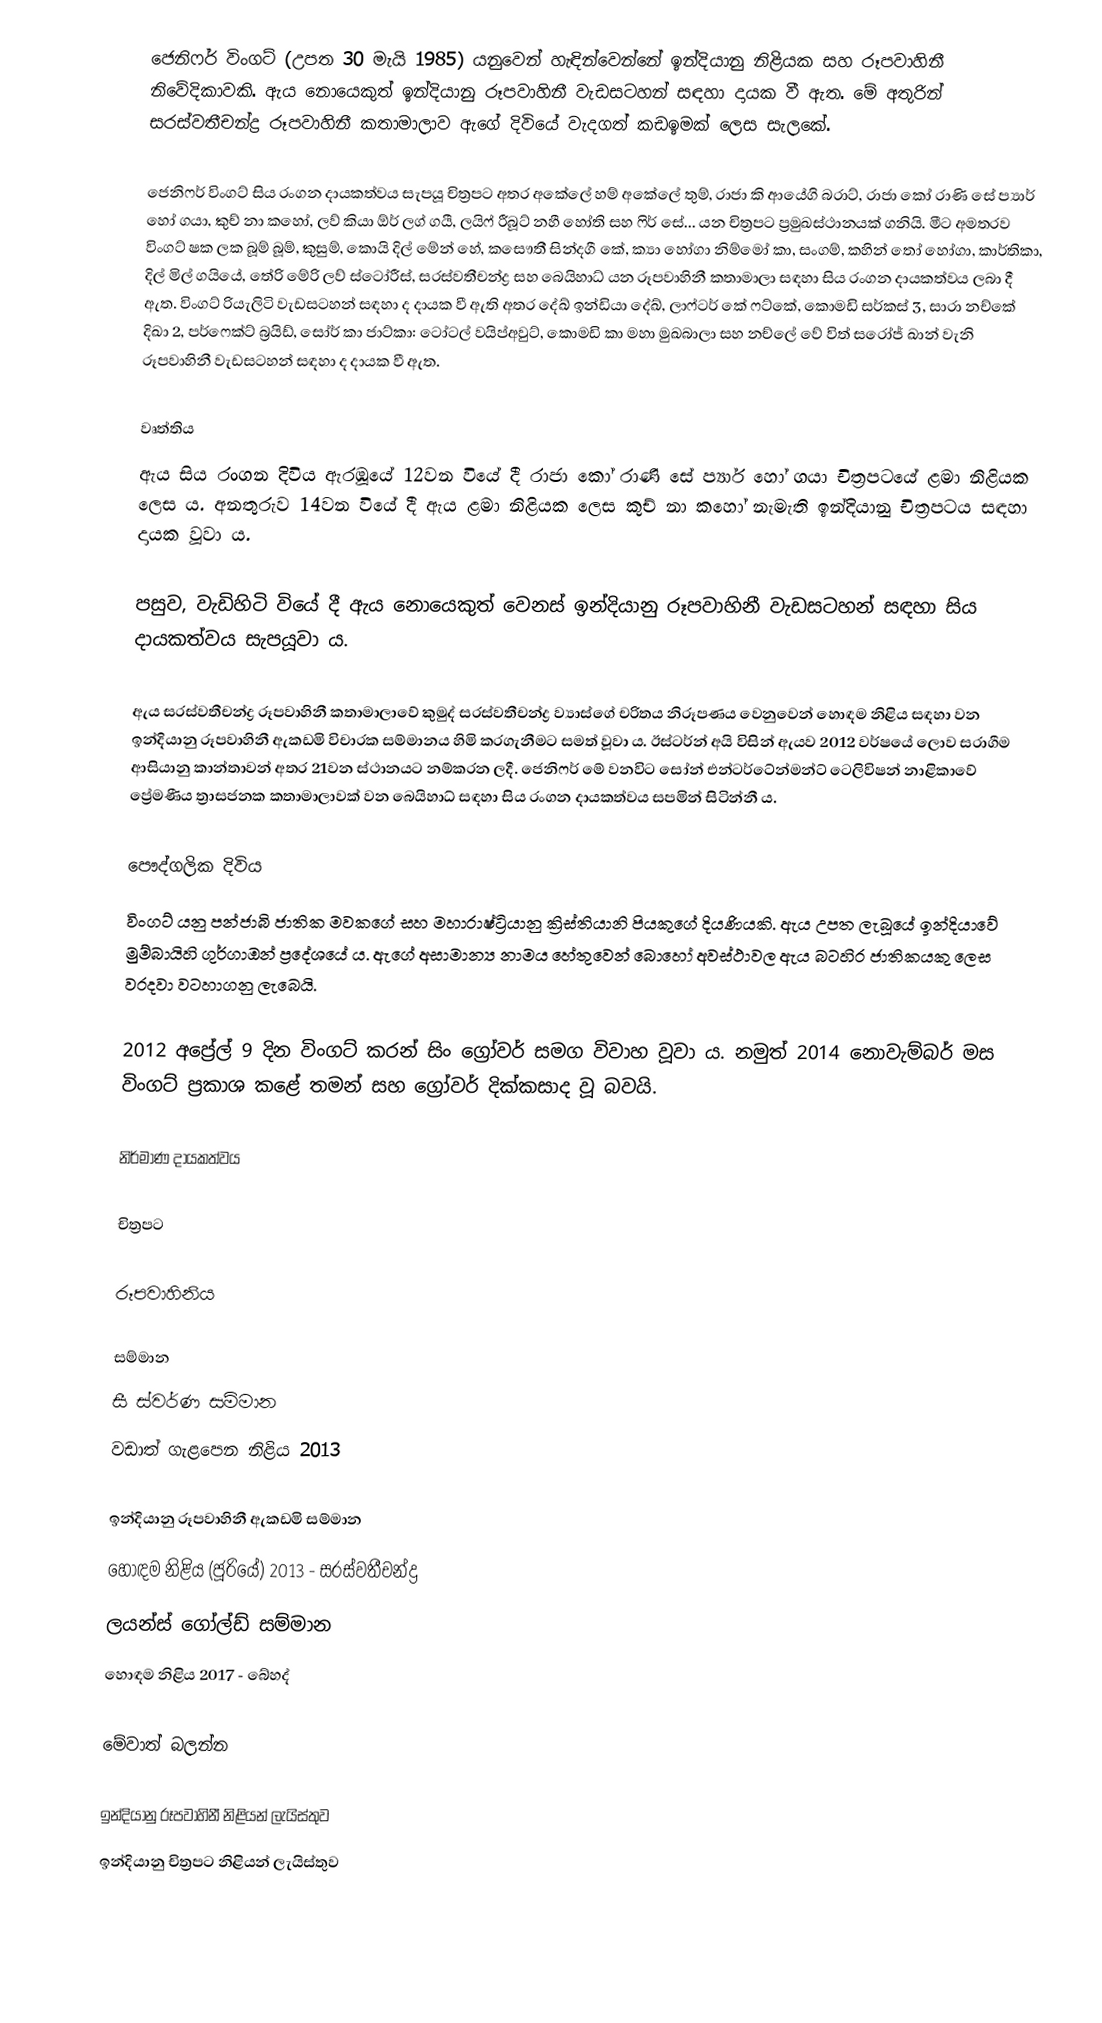
ජෙනිෆර් විංගට් (උපත 30 මැයි 1985) යනුවෙන් හැඳින්වෙන්නේ ඉන්දියානු නිළියක සහ රූපවාහිනී නිවේදිකාවකි. ඇය නොයෙකුත් ඉන්දියානු රූපවාහිනී වැඩසටහන් සඳහා දායක වී ඇත. මේ අතුරින් සරස්වතීචන්ද්‍ර රූපවාහිනී කතාමාලාව ඇගේ දිවියේ වැදගත් කඩඉමක් ලෙස සැලකේ.

ජෙනිෆර් විංගට් සිය රංගන දායකත්වය සැපයූ චිත්‍රපට අතර අකේලේ හම් අකේලේ තුම්, රාජා කි ආයේගි බරාට්, රාජා කෝ රාණි සේ ප්‍යාර් හෝ ගයා, කුච් නා කහෝ, ලව් කියා ඕර් ලග් ගයී, ලයිෆ් රීබූට් නහී හෝති සහ ෆිර් සේ... යන චිත්‍රපට ප්‍රමුඛස්ථානයක් ගනියි. මීට අමතරව විංගට් ෂක ලක බූම් බූම්, කුසුම්, කොයි දිල් මේන් හේ, කසෞතී සින්දගී කේ, ක්‍යා හෝගා නිම්මෝ කා, සංගම්, කහින් තෝ හෝගා, කාර්තිකා, දිල් මිල් ගයියේ, තේරි මේරි ලව් ස්ටෝරීස්, සරස්වතීචන්ද්‍ර සහ බෙයිහාධ් යන රූපවාහිනී කතාමාලා සඳහා සිය රංගන දායකත්වය ලබා දී ඇත. විංගට් රියැලිටි වැඩසටහන් සඳහා ද දායක වී ඇති අතර දේඛ් ඉන්ඩියා දේඛ්, ලාෆ්ටර් කේ ෆට්කේ, කොමඩි සර්කස් 3, සාරා නච්කේ දිඛා 2, පර්ෆෙක්ට් බ්‍රයිඩ්, සෝර් කා ජාට්කා: ටෝටල් වයිප්අවුට්, කොමඩි කා මහා මුඛබාලා සහ නච්ලේ වේ විත් සරෝජ් ඛාන් වැනි රූපවාහිනී වැඩසටහන් සඳහා ද දායක වී ඇත.

වෘත්තිය
ඇය සිය රංගන දිවිය ඇරඹූයේ 12වන වියේ දී රාජා කෝ රාණි සේ ප්‍යාර් හෝ ගයා චිත්‍රපටයේ ළමා නිළියක ලෙස ය. අනතුරුව 14වන වියේ දී ඇය ළමා නිළියක ලෙස කුච් නා කහෝ නැමැති ඉන්දියානු චිත්‍රපටය සඳහා දායක වූවා ය.

පසුව, වැඩිහිටි වියේ දී ඇය නොයෙකුත් වෙනස් ඉන්දියානු රූපවාහිනී වැඩසටහන් සඳහා සිය දායකත්වය සැපයූවා ය.

ඇය සරස්වතීචන්ද්‍ර රූපවාහිනී කතාමාලාවේ කුමුද් සරස්වතීචන්ද්‍ර ව්‍යාස්ගේ චරිතය නිරූපණය වෙනුවෙන් හොඳම නිළිය සඳහා වන ඉන්දියානු රූපවාහිනී ඇකඩමි විචාරක සම්මානය හිමි කරගැනීමට සමත් වූවා ය. ඊස්ටර්න් අයි විසින් ඇයව 2012 වර්ෂයේ ලොව සරාගීම ආසියානු කාන්තාවන් අතර 21වන ස්ථානයට නම්කරන ලදී. ජෙනිෆර් මේ වනවිට සෝන් එන්ටර්ටේන්මන්ට් ටෙලිවිෂන් නාළිකාවේ ප්‍රේමණීය ත්‍රාසජනක කතාමාලාවක් වන බෙයිහාධ් සඳහා සිය රංගන දායකත්වය සපමින් සිටින්නී ය.

පෞද්ගලික දිවිය
විංගට් යනු පන්ජාබි ජාතික මවකගේ සහ මහාරාෂ්ට්‍රියානු ක්‍රිස්තියානි පියකුගේ දියණියකි. ඇය උපත ලැබූයේ ඉන්දියාවේ මුම්බායිහි ගුර්ගාඔන් ප්‍රදේශයේ ය. ඇගේ අසාමාන්‍ය නාමය හේතුවෙන් බොහෝ අවස්ථාවල ඇය බටහිර ජාතිකයකු ලෙස වරදවා වටහාගනු ලැබෙයි.

2012 අප්‍රේල් 9 දින විංගට් කරන් සිං ග්‍රෝවර් සමග විවාහ වූවා ය. නමුත් 2014 නොවැම්බර් මස විංගට් ප්‍රකාශ කළේ තමන් සහ ග්‍රෝවර් දික්කසාද වූ බවයි.

නිර්මාණ දායකත්වය

චිත්‍රපට

රූපවාහිනිය

සම්මාන
සී ස්වර්ණ සම්මාන
වඩාත් ගැළපෙන නිළිය 2013

ඉන්දියානු රූපවාහිනී ඇකඩමි සම්මාන
හොඳම නිළිය (ජූරියේ) 2013 - සරස්වතීචන්ද්‍ර
ලයන්ස් ගෝල්ඩ් සම්මාන
හොඳම නිළිය 2017 - බේහද්

මේවාත් බලන්න

 ඉන්දියානු රූපවාහිනී නිළියන් ලැයිස්තුව
 ඉන්දියානු චිත්‍රපට නිළියන් ලැයිස්තුව